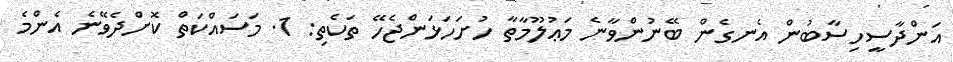
އަންދާސީހިސާބުން އެނގެން ބޭނުންވާނެ މަޢުލޫމާތާ ހުށަހަޅަންޖެހޭ ތަކެތި: 1. މަސައްކަތް ކޮށްދެވޭނެ އެންމެ